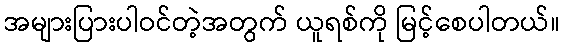
အများပြားပါဝင်တဲ့အတွက် ယူရစ်ကို မြင့်စေပါတယ်။